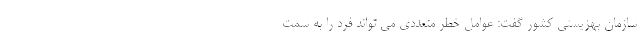
سازمان بهزیستی کشور گفت: عوامل خطر متعددی می تواند فرد را به سمت